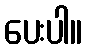
ပေးပါ။